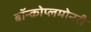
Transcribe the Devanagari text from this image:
ब्रॉन्कोप्लमोनरी